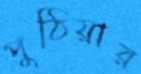
পুঠিয়ার